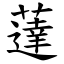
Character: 薘